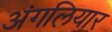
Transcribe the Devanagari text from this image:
अंगलियार